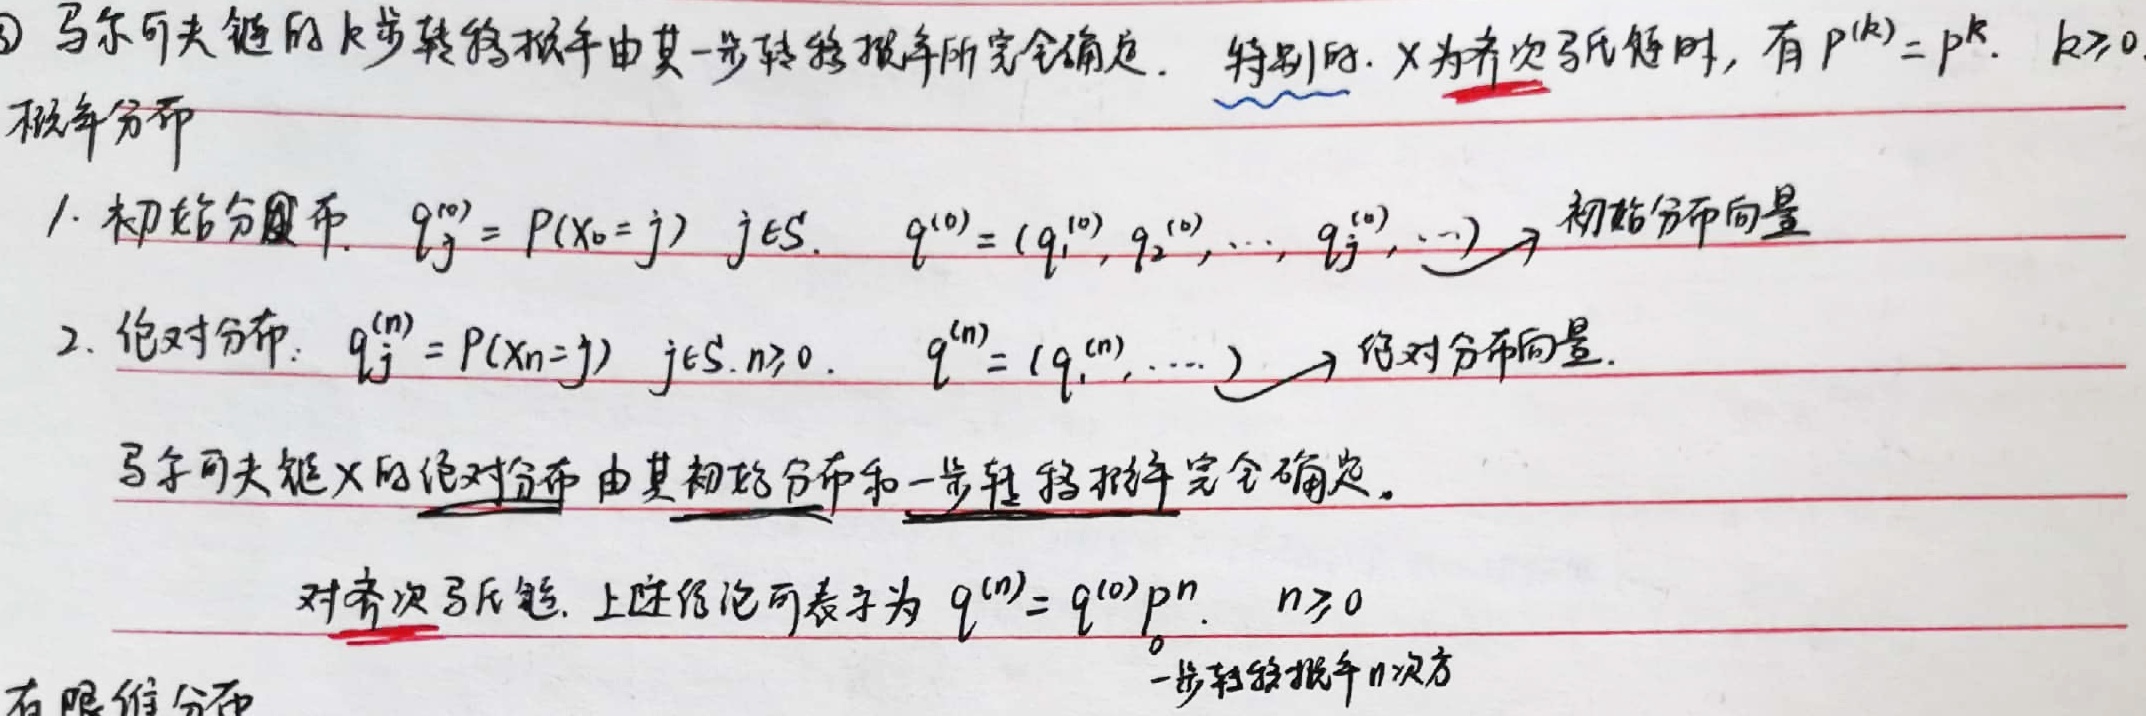
\textcircled{2} 马尔可夫链的 \(k\) 步转移概率由其一步转移概率所完全确定。特别地，\(X\) 为齐次马氏链时，有 \(P^{(k)} = P^{k},k\geq0\)。

概率分布
1. 初始分布：\(q_{j}^{(0)}=P(X_{0}=j),j\in S\)，\(q^{(0)}=(q_{1}^{(0)},q_{2}^{(0)},\cdots,q_{j}^{(0)},\cdots)\)，此为初始分布向量。
2. 绝对分布：\(q_{j}^{(n)}=P(X_{n}=j),j\in S,n\geq0\)，\(q^{(n)}=(q_{1}^{(n)},\cdots)\)，此为绝对分布向量。

马尔可夫链 \(X\) 的绝对分布由其初始分布和一步转移概率完全确定。对齐次马氏链，上述结论可表示为 \(q^{(n)} = q^{(0)}P^{n},n\geq0\)。

一步转移概率 \(n\) 次方有限维分布